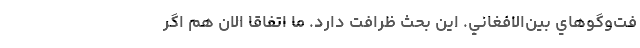
فت‌وگوهاي بين‌الافغاني. اين بحث ظرافت دارد. ما اتفاقا الان هم اگر